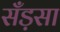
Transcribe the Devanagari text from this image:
सँड़सा